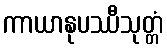
ကာယာနုပဿီသုတ္တံ